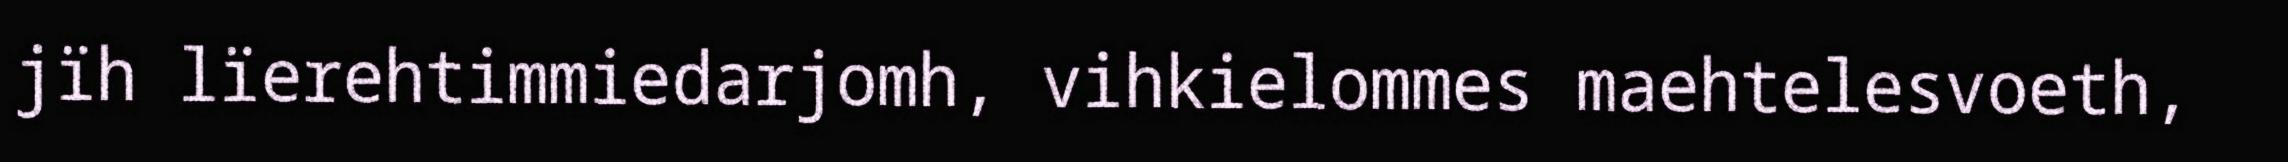
jïh lïerehtimmiedarjomh, vihkielommes maehtelesvoeth,